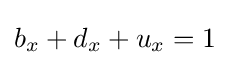
b_{x}+d_{x}+u_{x}=1\,\!